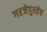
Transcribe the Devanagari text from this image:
गरजेपुरतेच